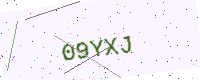
Text: 09YXJ